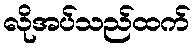
လိုအပ်သည်ထက်